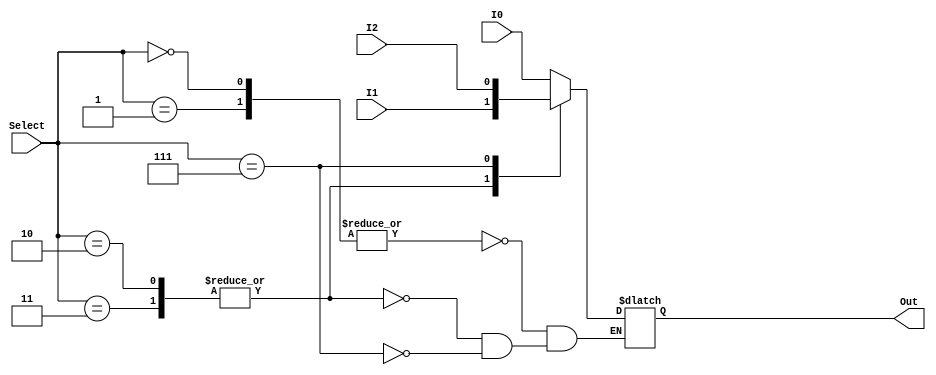
module OddMux_3to1 (I0, I1, I2, Select, Out);

  // ports
  input wire I0;
  input wire I1;
  input wire I2;
  input wire [3:0] Select;
  output reg Out;

  // internal
  reg error;

  // ADD 0000
  // SUB 0001
  // XOR 0010
  // PADDSB 0111
  // RED 0011
  
  always @(I0,I1,I2, Select) begin
    case (Select)
      4'b0000, 4'b0001: begin
                Out = I0;
                error = 0;
             end
      4'b0010, 4'b0011: begin
                Out = I1;
                error = 0;
              end
      4'b0111: begin
                Out = I2;
                error = 0;
              end  
      default: error=1; // Default case 
    endcase
  end

endmodule